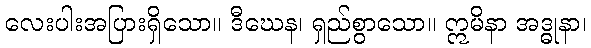
လေးပါးအပြားရှိသော။ ဒီဃေန၊ ရှည်စွာသော။ ဣမိနာ အဒ္ဓုနာ၊